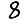
Digit: 8